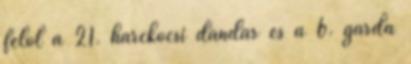
felől a 21. harckocsi dandár és a 6. gárda